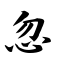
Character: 忽